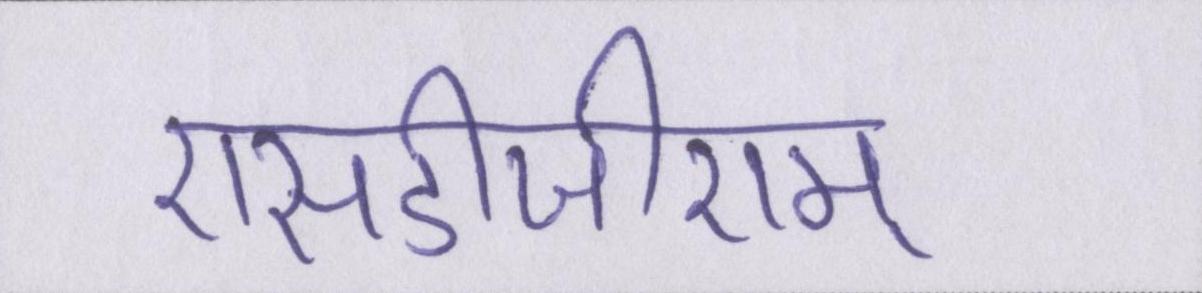
एसडीजीएम्